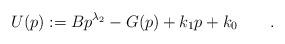
LaTeX: \begin{align*}U(p):=Bp^{\lambda_2}-G(p)+k_1p+k_0\qquad.\end{align*}